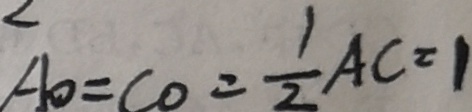
A O = C O = \frac { 1 } { 2 } A C = 1